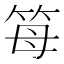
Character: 𥬦